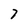
Character: 7